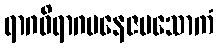
ရာဂဝိရာဂမနေဇမသောကံ